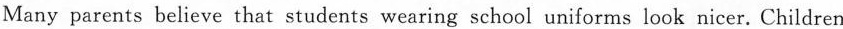
Many parents believe that students wearing school uniforms look nicer. Children